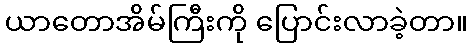
ယာတောအိမ်ကြီးကို ပြောင်းလာခဲ့တာ။